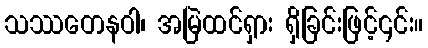
သဿတေနဝါ၊ အမြဲထင်ရှား ရှိခြင်းဖြင့်၎င်း။